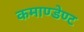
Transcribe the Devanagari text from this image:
कमाण्डेण्ट